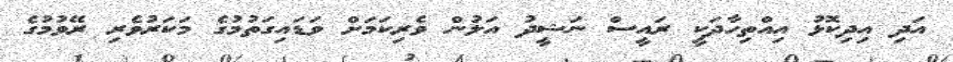
އަދި އިދިކޮޅު އިއްތިހާދަކީ ރައީސް ނަޝީދު އަލުން ވެރިކަމަށް ވަޑައިގަތުމުގެ މަކަރުވެރި ރޭވުމުގެ